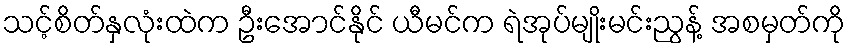
သင့်စိတ်နှလုံးထဲက ဦးအောင်နိုင် ယီမင်က ရဲအုပ်မျိုးမင်းညွန့် အစမှတ်ကို